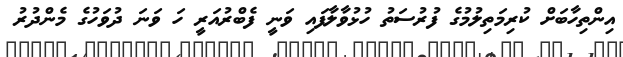
އިންތިހާބަށް ކުރިމަތިލުމުގެ ފުރުސަތު ހުޅުވާލާފައި ވަނީ ފެބްރުއަރީ ހަ ވަނަ ދުވަހުގެ މެންދުރު